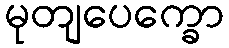
မုတျပေက္ခော